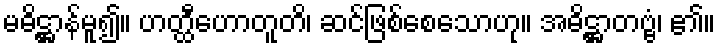
မဓိဋ္ဌာန်မူ၍။ ဟတ္ထီဟောတူတိ၊ ဆင်ဖြစ်စေသောဟု။ အဓိဋ္ဌာတဗ္ဗံ၊ ၏။